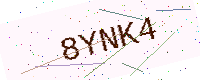
Text: 8YNK4